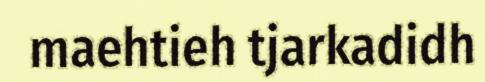
maehtieh tjarkadidh